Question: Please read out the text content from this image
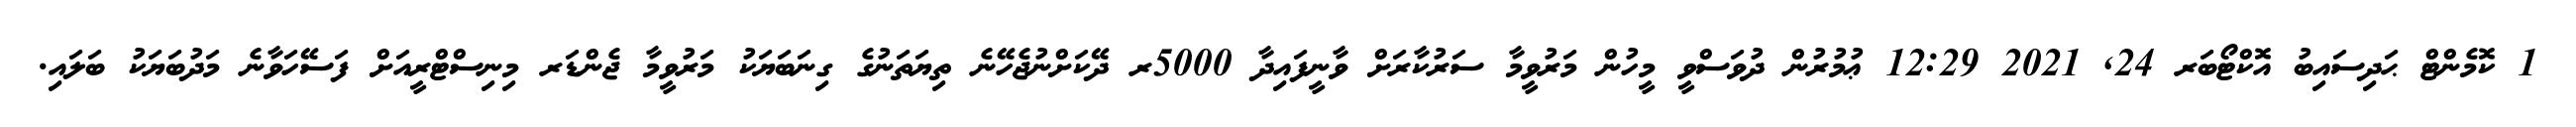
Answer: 1 ކޮމެންޓް ޙަދިސައިބު އޮކްޓޯބަރ 24, 2021 12:29 ޢުމުރުން ދުވަސްވީ މީހުން މަރުވީމާ ސަރުކާރަށް ވާނީފައިދާ 5000ރ ދޭކަށްނުޖެހޭނެ ތިޔަތަނުގެ ގިނަބަޔަކު މަރުވީމާ ޖެންޑަރ މިނިސްޓްރީއަށް ފަސޭހަވާނެ މަދުބަޔަކު ބަލައި.